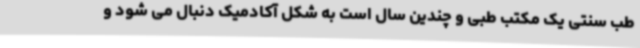
طب سنتی یک مکتب طبی و چندین سال است به شکل آکادمیک دنبال می شود و